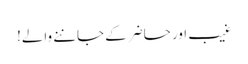
غیب اور حاضر کے جاننے والے!